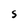
Character: 5